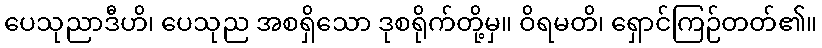
ပေသုညာဒီဟိ၊ ပေသုည အစရှိသော ဒုစရိုက်တို့မှ။ ဝိရမတိ၊ ရှောင်ကြဉ်တတ်၏။